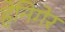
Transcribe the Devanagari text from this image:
हेनिगेर